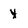
Character: Y